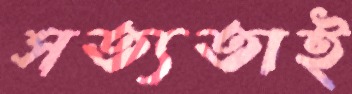
সত্যতাই